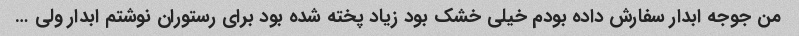
من جوجه ابدار سفارش داده بودم خیلی خشک بود زیاد پخته شده بود برای رستوران نوشتم ابدار ولی …